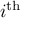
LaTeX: i ^ { \mathrm { t h } }